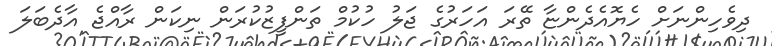
ދިވެހިންނަށް ހެޔޮއެދެންޏާ ތޭރަ އަހަރުގެ ޖަލު ހުކުމް ތަންފީޒުކުރަން ނިކަން ރާއްޖެ އާދެބަލަ